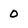
Character: 0